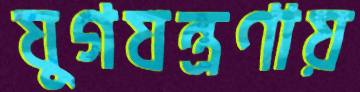
যুগযন্ত্রণায়